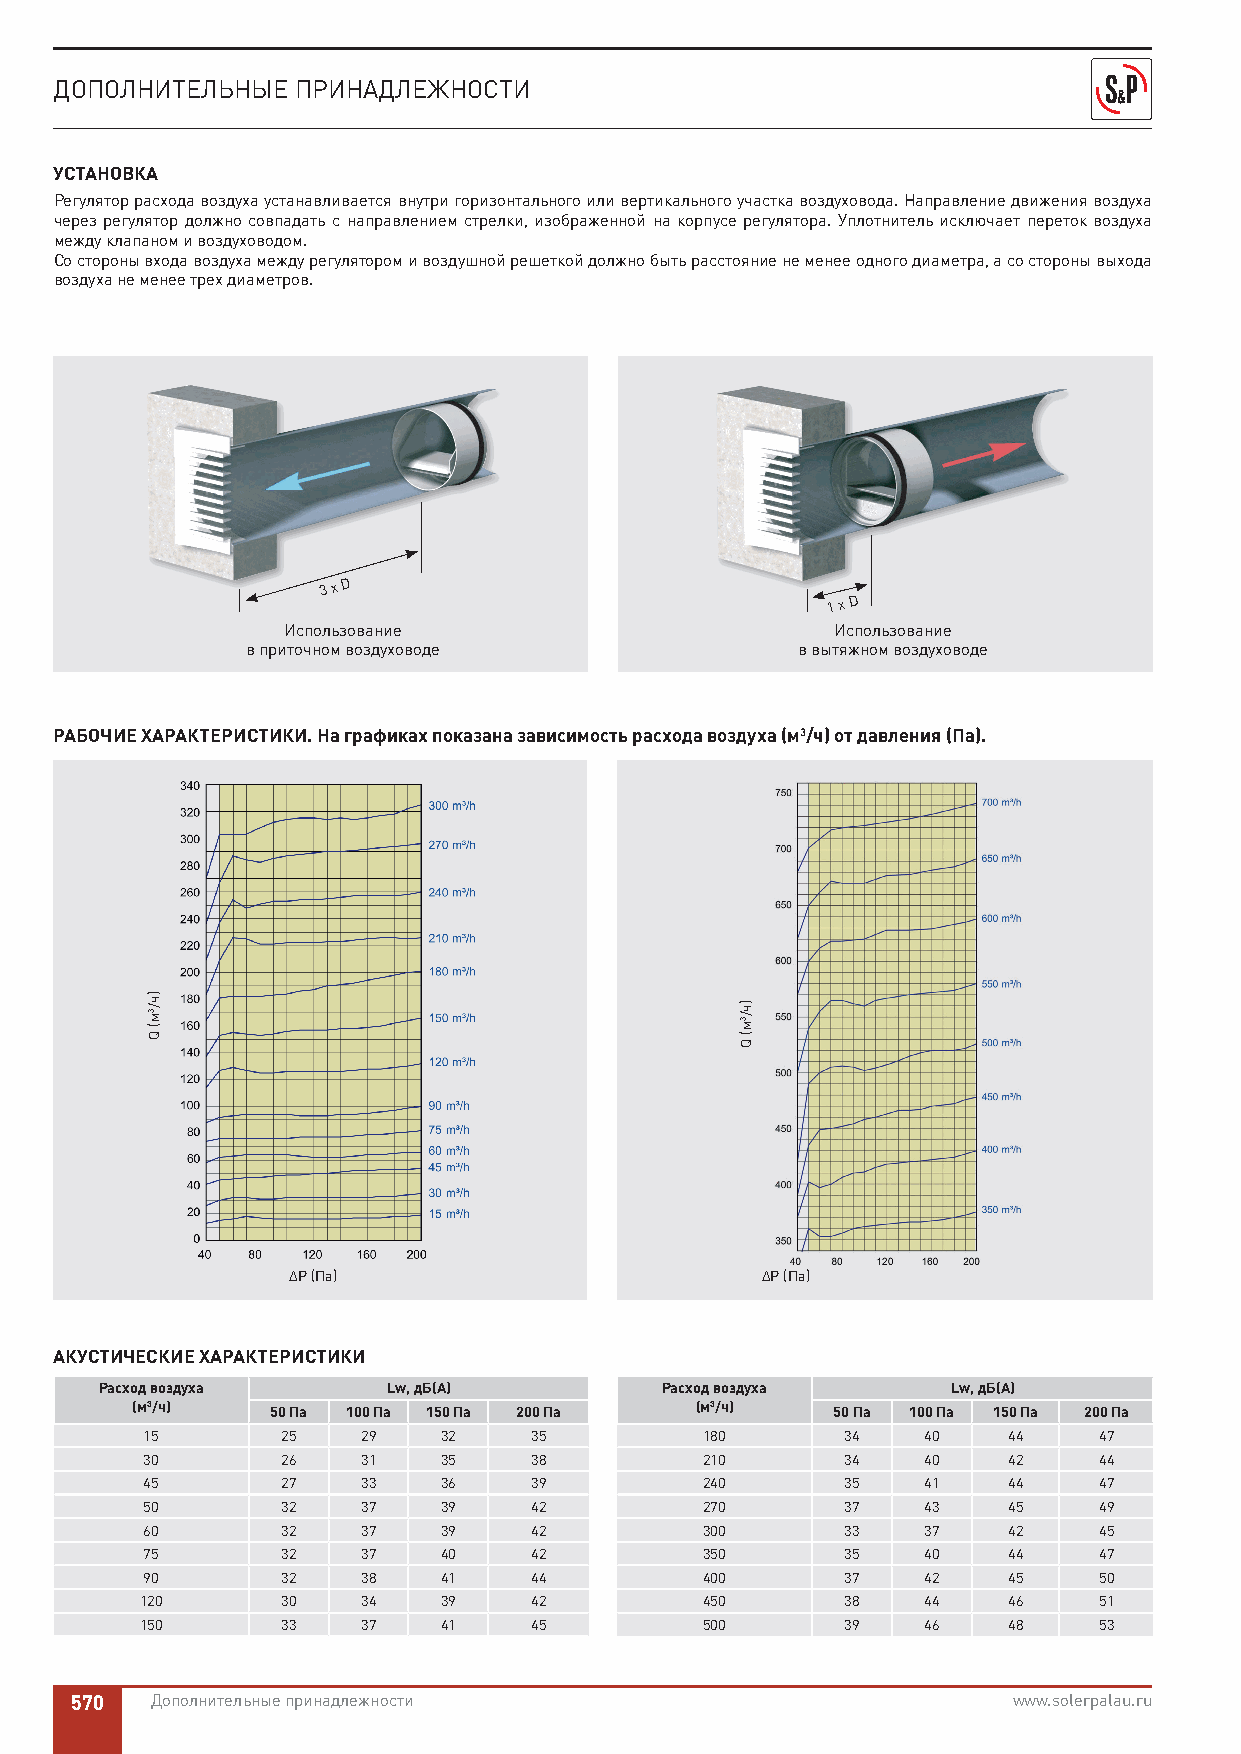
ДОПОЛНИТЕЛЬНЫЕ ПРИНАДЛЕЖНОСТИ
 УСТАНОВКА
 Регулятор расхода воздуха устанавливается внутри горизонтального или вертикального участка воздуховода. Направление движения воздуха
 через регулятор должно совпадать с направлением стрелки, изображенной на корпусе регулятора. Уплотнитель исключает переток воздуха
 между клапаном и воздуховодом.
 Со стороны входа воздуха между регулятором и воздушной решеткой должно быть расстояние не менее одного диаметра, а со стороны выхода
 воздуха не менее трех диаметров.
 3 x D
 1 x D
 Использование                       Использование
 в приточном воздуховоде              в вытяжном воздуховоде
 РАБОЧИЕ ХАРАКТЕРИСТИКИ. На графиках показана зависимость расхода воздуха (м3/ч) от давления (Па).
 ∆P (Па)                        ∆P (Па)
 АКУСТИЧЕСКИЕ ХАРАКТЕРИСТИКИ
 Расход воздуха     Lw, дБ(А)         Расход воздуха     Lw, дБ(А)
 (м3/ч)   50 Па 100 Па 150 Па 200 Па  (м3/ч)   50 Па 100 Па 150 Па 200 Па
 15        25   29   32    35         180       34   40    44    47
 30        26   31   35    38         210       34   40    42    44
 45        27   33   36    39         240       35   41    44    47
 50        32   37   39    42         270       37   43    45    49
 60        32   37   39    42         300       33   37    42    45
 75        32   37   40    42         350       35   40    44    47
 90        32   38   41    44         400       37   42    45    50
 120       30   34   39    42         450       38   44    46    51
 150       33   37   41    45         500       39   46    48    53
 570  Дополнительные принадлежности                            www.solerpalau.ru
 )ч/3м(
 Q
 )ч/3м(
 Q